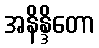
အနိန္ဒိတော